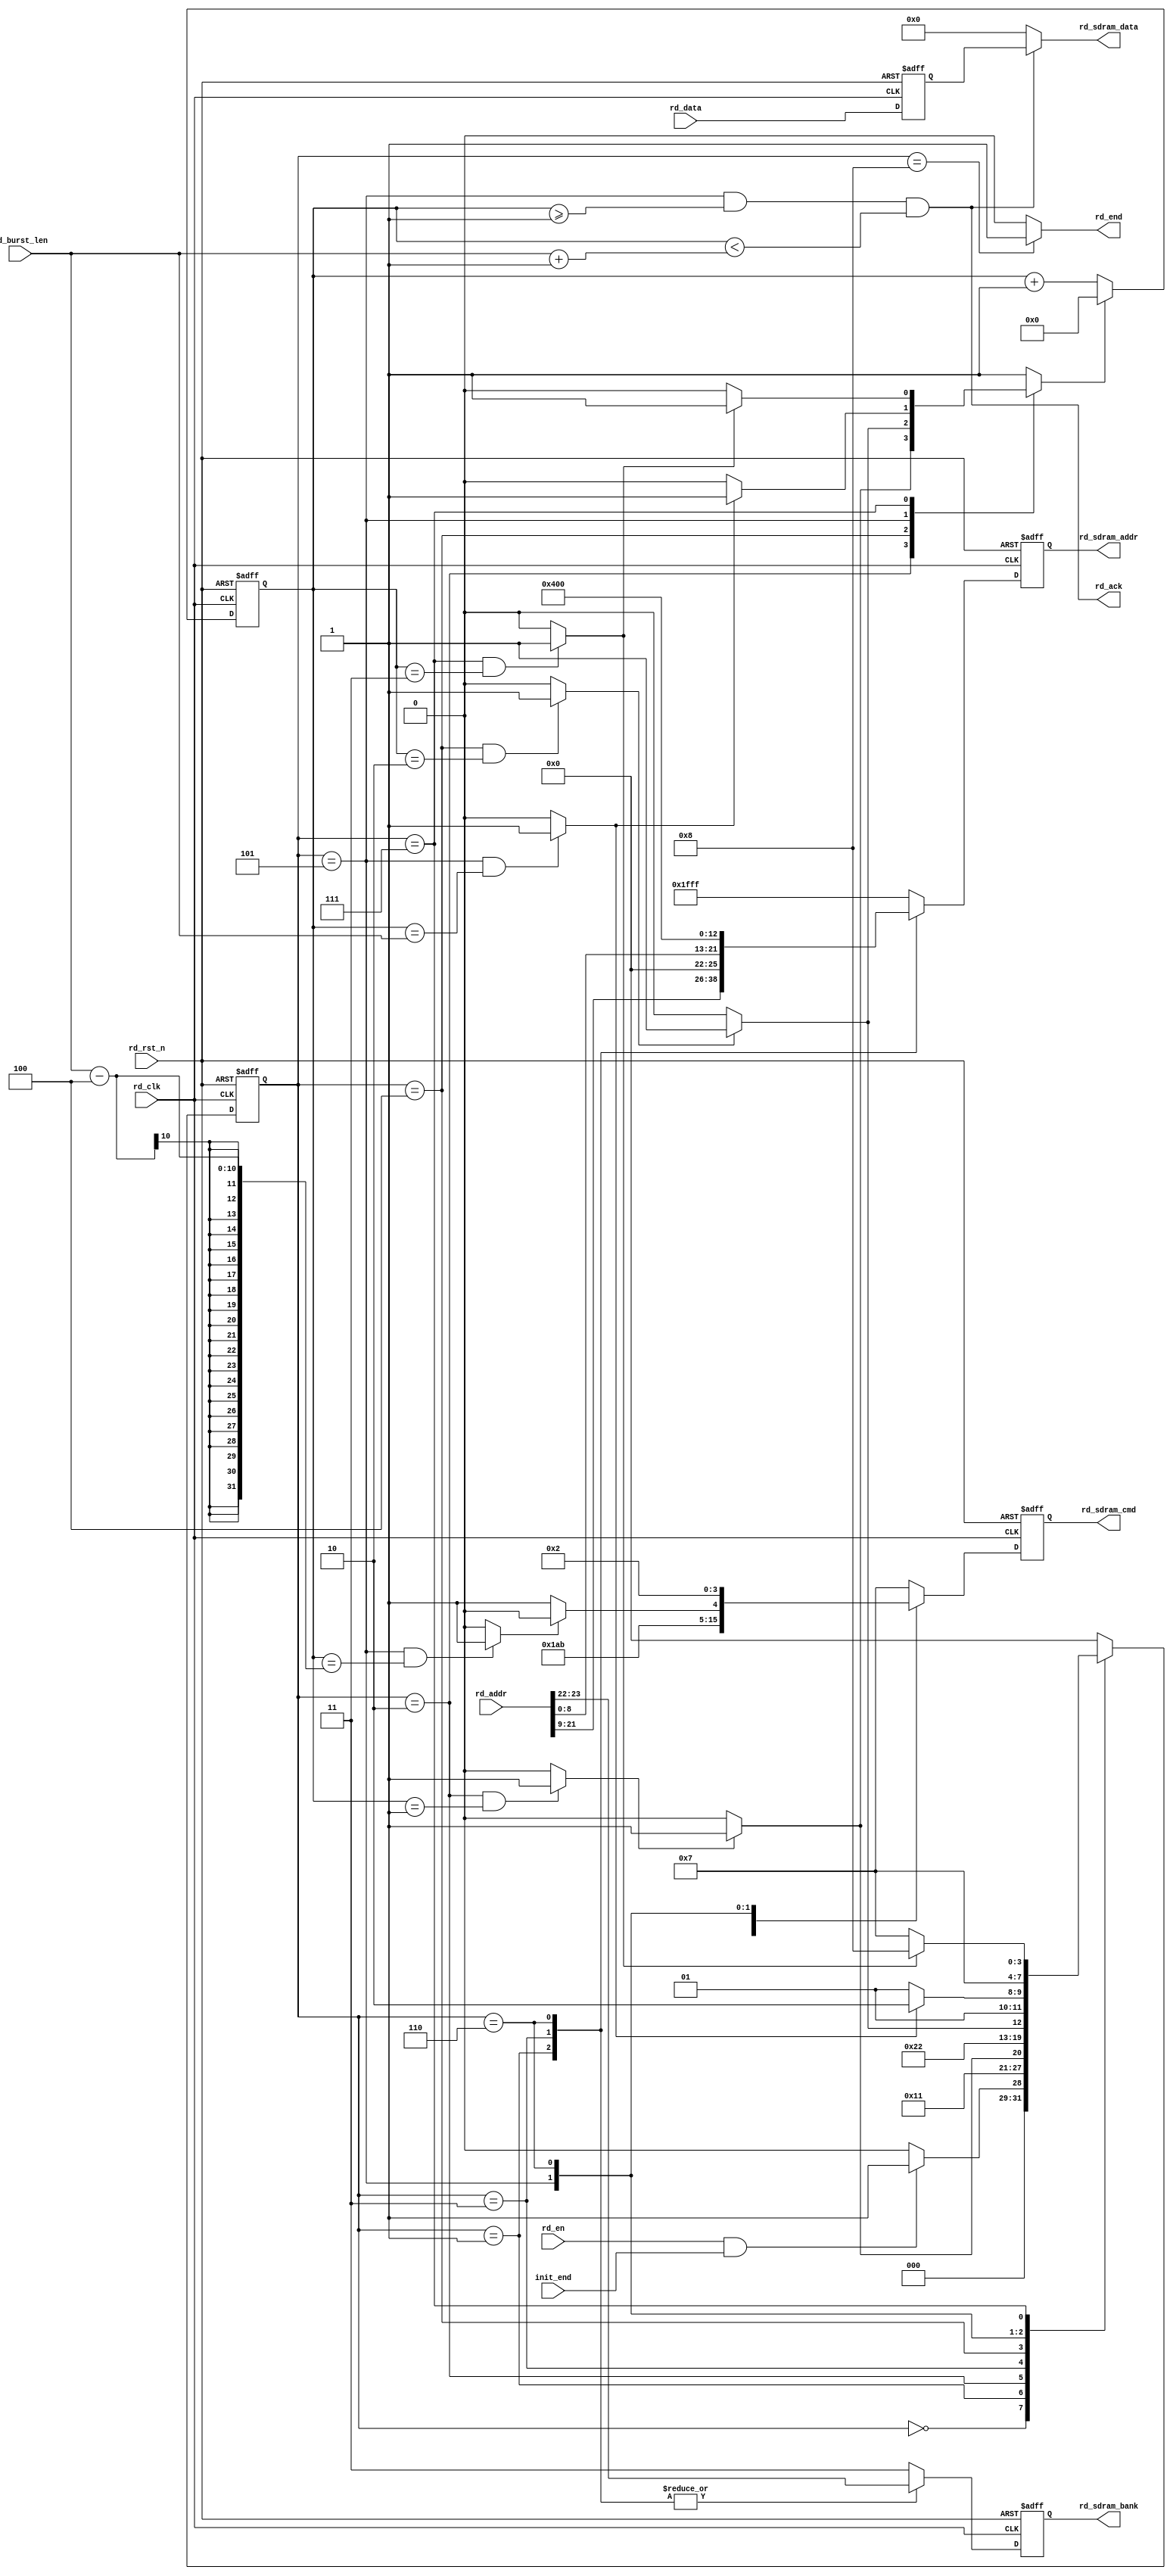

module sdram_read(
	input				rd_clk			,	
	input				rd_rst_n		,
	input				rd_en			,
	input				init_end		,
	input		[23:0]	rd_addr			,
	input		[15:0]	rd_data			,
	input		[9:0]	rd_burst_len	,
	
	output				rd_end			,
	output				rd_ack			,
	output	reg	[3:0]	rd_sdram_cmd	,
	output	reg	[12:0]	rd_sdram_addr	,
	output	reg	[1:0]	rd_sdram_bank	,
	output		[15:0]	rd_sdram_data	
);
//parameter timing
parameter	TRCD = 10'd2,
			TCL	 = 10'd3,
			TRP	 = 10'd4;
//state define
parameter	RD_IDLE	    = 4'd0,
			RD_ACT	    = 4'd1,
			RD_TRCD	    = 4'd2,
			RD_RD_CMD	= 4'd3,
			RD_CL	    = 4'd4,
			RD_DATA	    = 4'd5,
			RD_PRE	    = 4'd6,
			RD_TRP	    = 4'd7,
			RD_END	    = 4'd8;
//cmd define
parameter	NOP 		= 4'b0111,
			ACTIVE      = 4'b0011,
			READ        = 4'b0101,
			BURST_STOP  = 4'b0110,
			PRECHARGE   = 4'b0010;
			
			
reg [3:0] state_cur;
reg [3:0] state_next;

reg [9:0]	cnt_fsm;
reg 		cnt_fsm_rst;
reg [15:0]	rd_data_reg;


wire	trcd_end_flag	;
wire	cl_end_flag		;
wire	tread_end_flag	;
wire	trp_end_flag	;
wire	rdburst_end_flag;

assign trcd_end_flag	=	(state_cur == RD_TRCD && cnt_fsm == TRCD - 1'b1) ? 1'b1 : 1'b0; 
assign cl_end_flag		=   (state_cur == RD_CL && cnt_fsm == TCL - 1'b1) ? 1'b1 : 1'b0; 
assign tread_end_flag	=   (state_cur == RD_DATA && cnt_fsm == rd_burst_len) ? 1'b1 : 1'b0; 
assign trp_end_flag	    =   (state_cur == RD_TRP && cnt_fsm == TRP - 1'b1) ? 1'b1 : 1'b0; 
assign rdburst_end_flag = 	(state_cur == RD_DATA && cnt_fsm == rd_burst_len - 4) ? 1'b1 : 1'b0; //?

assign rd_end = (state_cur == RD_END) ? 1'b1 : 1'b0;
assign rd_sdram_data = rd_ack ? rd_data_reg : 16'd0;

assign rd_ack = ((state_cur == RD_DATA) && (cnt_fsm >= 10'd1) && (cnt_fsm < rd_burst_len + 1'b1));


always@(posedge rd_clk or negedge rd_rst_n)begin
	if(~rd_rst_n)
		rd_data_reg <= 16'd0;
	else
		rd_data_reg <= rd_data;
end
always@(*)begin
	case(state_cur)
		RD_TRCD : 	cnt_fsm_rst = trcd_end_flag ? 1'b1 : 1'b0;
		RD_CL 	: 	cnt_fsm_rst = cl_end_flag ? 1'b1 : 1'b0;
		RD_DATA : 	cnt_fsm_rst = tread_end_flag ? 1'b1 : 1'b0;
		RD_TRP 	: 	cnt_fsm_rst = trp_end_flag ? 1'b1 : 1'b0;
		default	:	cnt_fsm_rst = 1'b1;
	endcase
end
always@(posedge rd_clk or negedge rd_rst_n)begin
	if(~rd_rst_n)begin
		cnt_fsm <= 10'd0;
	end
	else begin
		if(cnt_fsm_rst)
			cnt_fsm <= 10'd0;
		else
			cnt_fsm <= cnt_fsm + 1'b1;
	end
end

//three stages state machine
always@(posedge rd_clk or negedge rd_rst_n)begin
	if(~rd_rst_n)
		state_cur <= RD_IDLE;
	else
		state_cur <= state_next;
end
always@(*)begin
	case(state_cur)
		RD_IDLE	  	:	state_next = (rd_en & init_end) ? RD_ACT : RD_IDLE;
		RD_ACT	  	:  	state_next = RD_TRCD;
		RD_TRCD	  	:   state_next = trcd_end_flag ? RD_RD_CMD : RD_TRCD;
		RD_RD_CMD	:	state_next = RD_CL;
		RD_CL	  	:   state_next = cl_end_flag ? RD_DATA : RD_CL;
		RD_DATA	  	:  	state_next = tread_end_flag ? RD_PRE : RD_DATA;
		RD_PRE	  	:   state_next = RD_TRP;
		RD_TRP	  	:  	state_next = trp_end_flag ? RD_END : RD_TRP;
		RD_END	  	:  	state_next = RD_IDLE;
		default		:	state_next = RD_IDLE;
	endcase	
end
always@(posedge rd_clk or negedge rd_rst_n)begin
	if(~rd_rst_n)begin
		rd_sdram_cmd	<=	NOP;
		rd_sdram_addr	<=	13'h1fff;
		rd_sdram_bank	<=	2'b11;
	end
	else begin
		case(state_cur)
			RD_IDLE	  	:begin
				rd_sdram_cmd	<=	NOP;
			    rd_sdram_addr	<=	13'h1fff;
			    rd_sdram_bank	<=	2'b11;
			end
		    RD_ACT	  	:begin
				rd_sdram_cmd	<=	ACTIVE;
				rd_sdram_addr	<=	rd_addr[21:9];
				rd_sdram_bank	<=	rd_addr[23:22];
			end  
		    RD_TRCD	  	:begin
				rd_sdram_cmd	<=	NOP;
			    rd_sdram_addr	<=	13'h1fff;
			    rd_sdram_bank	<=	2'b11;
			end  
		    RD_RD_CMD	:begin
				rd_sdram_cmd	<=	READ;
			    rd_sdram_addr	<=	{4'd0,rd_addr[8:0]};
			    rd_sdram_bank	<=	rd_addr[23:22];
			end	
		    RD_CL	  	:begin
				rd_sdram_cmd	<=	NOP;
			    rd_sdram_addr	<=	13'h1fff;
			    rd_sdram_bank	<=	2'b11;
			end  
		    RD_DATA	  	:begin
				rd_sdram_addr	<=	13'h1fff;
				rd_sdram_bank	<=	2'b11;
				if(rdburst_end_flag)
					rd_sdram_cmd	<=	BURST_STOP;
				else
					rd_sdram_cmd	<=	NOP;
			end  
		    RD_PRE	  	:begin
				rd_sdram_cmd	<=	PRECHARGE;
			    rd_sdram_addr	<=	13'h0400;
			    rd_sdram_bank	<=	rd_addr[23:22];
			end  
		    RD_TRP	  	:begin
				rd_sdram_cmd	<=	NOP;
			    rd_sdram_addr	<=	13'h1fff;
			    rd_sdram_bank	<=	2'b11;
			end  
		    RD_END	  	:begin
				rd_sdram_cmd	<=	NOP;
			    rd_sdram_addr	<=	13'h1fff;
			    rd_sdram_bank	<=	2'b11;
			end  
			default		:begin
				rd_sdram_cmd	<=	NOP;
			    rd_sdram_addr	<=	13'h1fff;
			    rd_sdram_bank	<=	2'b11;
			end
		endcase
	end
end
endmodule